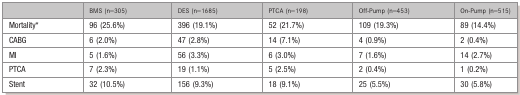
<table><thead><tr><td></td><td><b>BMS (n=305)</b></td><td><b>DES (n=1685)</b></td><td><b>PTCA (n=198)</b></td><td><b>Off‐Pump (n=453)</b></td><td><b>On‐Pump (n=515)</b></td></tr></thead><tbody><tr><td>Mortality*</td><td>96 (25.6%)</td><td>396 (19.1%)</td><td>52 (21.7%)</td><td>109 (19.3%)</td><td>89 (14.4%)</td></tr><tr><td>CABG</td><td>6 (2.0%)</td><td>47 (2.8%)</td><td>14 (7.1%)</td><td>4 (0.9%)</td><td>2 (0.4%)</td></tr><tr><td>MI</td><td>5 (1.6%)</td><td>56 (3.3%)</td><td>6 (3.0%)</td><td>7 (1.6%)</td><td>14 (2.7%)</td></tr><tr><td>PTCA</td><td>7 (2.3%)</td><td>19 (1.1%)</td><td>5 (2.5%)</td><td>2 (0.4%)</td><td>1 (0.2%)</td></tr><tr><td>Stent</td><td>32 (10.5%)</td><td>156 (9.3%)</td><td>18 (9.1%)</td><td>25 (5.5%)</td><td>30 (5.8%)</td></tr></tbody></table>